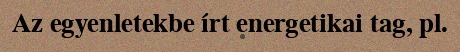
Az egyenletekbe írt energetikai tag, pl.